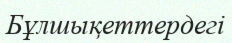
Бұлшықеттердегі